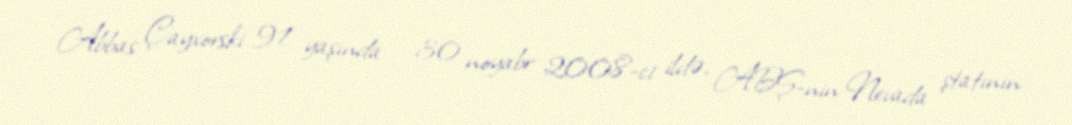
Abbas Çayxorski 91 yaşında – 30 noyabr 2008-ci ildə, ABŞ-nin Nevada ştatının